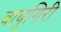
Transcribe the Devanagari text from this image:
बाबूगिरी